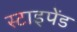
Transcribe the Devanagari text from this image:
स्टाइपेंड